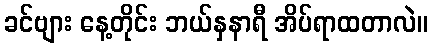
ခင်ဗျား နေ့တိုင်း ဘယ်နှနာရီ အိပ်ရာထတာလဲ။